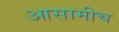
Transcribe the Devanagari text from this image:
आसामीच